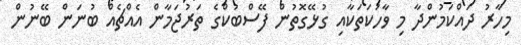
މިހާރު ދައްކަމުންދާ މި ވާހަކަތަކާއި ގުޅޭގޮތުން ފޭސްބުކްގެ ތަރުޖަމާން އެއްޗެއް ބުނަން ބޭނުން